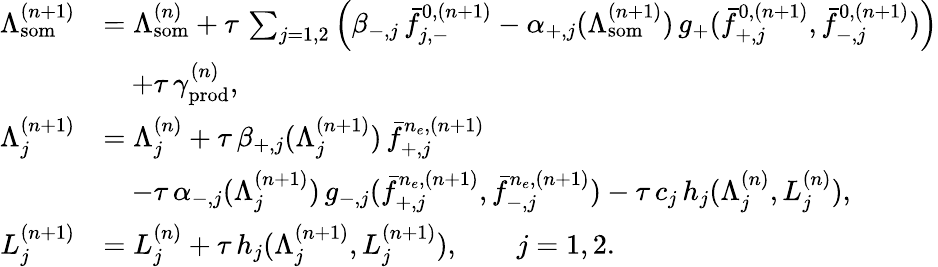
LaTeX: \begin{array}{rl}{\Lambda_{\mathrm{som}}^{(n+1)}}&{=\Lambda_{\mathrm{som}}^{(n)}+\tau\, \sum_{j=1,2}\left(\beta_{-,j}\, \bar{f}_{j,-}^{0,(n+1)}-\alpha_{+,j}(\Lambda_{\mathrm{som}}^{(n+1)})\, g_{+}(\bar{f}_{+,j}^{0,(n+1)},\bar{f}_{-,j}^{0,(n+1)})\right)}\\ &{\quad+\tau\, \gamma_{\mathrm{prod}}^{(n)},}\\ {\Lambda_{j}^{(n+1)}}&{=\Lambda_{j}^{(n)}+\tau\, \beta_{+,j}(\Lambda_{j}^{(n+1)})\, \bar{f}_{+,j}^{n_{e},(n+1)}}\\ &{\quad-\tau\, \alpha_{-,j}(\Lambda_{j}^{(n+1)})\, g_{-,j}(\bar{f}_{+,j}^{n_{e},(n+1)},\bar{f}_{-,j}^{n_{e},(n+1)})-\tau\, c_{j}\, h_{j}(\Lambda_{j}^{(n)},L_{j}^{(n)}),}\\ {L_{j}^{(n+1)}}&{=L_{j}^{(n)}+\tau\, h_{j}(\Lambda_{j}^{(n+1)},L_{j}^{(n+1)}),\qquad j=1,2.}\end{array}